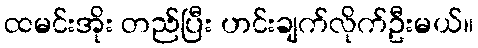
ထမင်းအိုး တည်ပြီး ဟင်းချက်လိုက်ဦးမယ်။